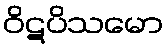
ဝိဋပိသမော